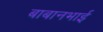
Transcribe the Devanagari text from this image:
बाबानभाई